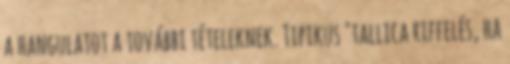
a hangulatot a további tételeknek. Tipikus ’tallica riffelés, ha